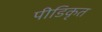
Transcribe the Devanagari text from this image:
पीडिकृत